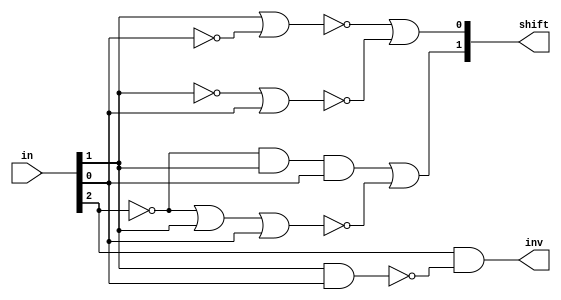
module booth_encoder(inv, shift, in);

output reg       inv;
output reg [1:0] shift; // The shift amount

input  [2:0] in;

wire a = in[2];
wire b = in[1];
wire c = in[0];
reg high;
reg low;

always @(in) begin
	inv = a & ~(b & c);
	// inv = a & (~b | ~c);
	high = (~a & b & c) | ~(~a | b | c);
	// high = (~a & b & c) | (a & ~b & ~c);
	low = ~(b | ~c) | ~(~b | c);
	// low = (~b & c) | (b & ~c);
	shift = {high, low};
end

endmodule